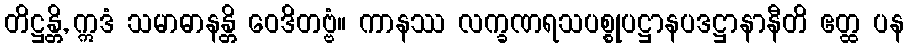
တိဋ္ဌန္တိ, ဣဒံ သမာဓာနန္တိ ဝေဒိတဗ္ဗံ။ ကာနဿ လက္ခဏရသပစ္စုပဋ္ဌာနပဒဋ္ဌာနာနီတိ ဧတ္ထ ပန